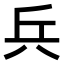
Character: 𠔊